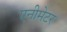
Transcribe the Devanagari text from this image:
एनीमेटर